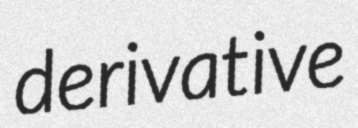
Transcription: derivative